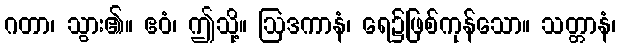
ဂတာ၊ သွား၏။ ဧဝံ၊ ဤသို့။ ဩဒကာနံ၊ ရေ၌ဖြစ်ကုန်သော။ သတ္တာနံ၊